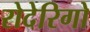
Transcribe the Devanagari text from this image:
रोदेरिगो